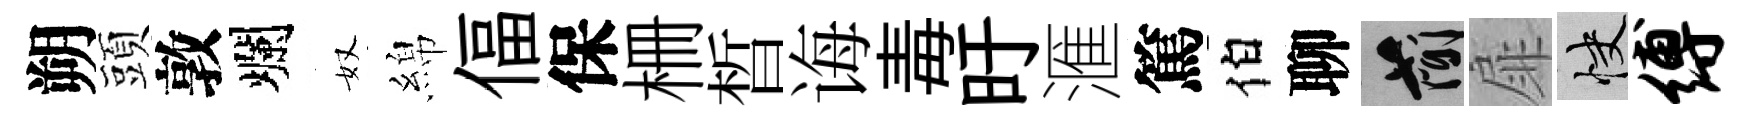
朔頭敦爛奴綿偪保栅晳诲毒旴滙篤伯聊簡扉快缚